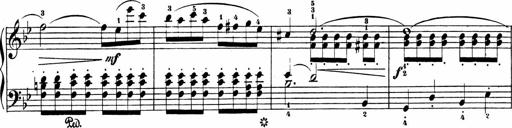
Title: Sonatinas
Composer: Andrew Violette